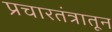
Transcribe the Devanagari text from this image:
प्रचारतंत्रातून